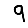
Digit: 9